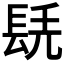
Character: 𨱷